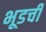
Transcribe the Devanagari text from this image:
भूडची